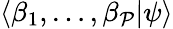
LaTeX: \langle\beta_{1},\dots,\beta_{\mathcal{P}}|\psi\rangle